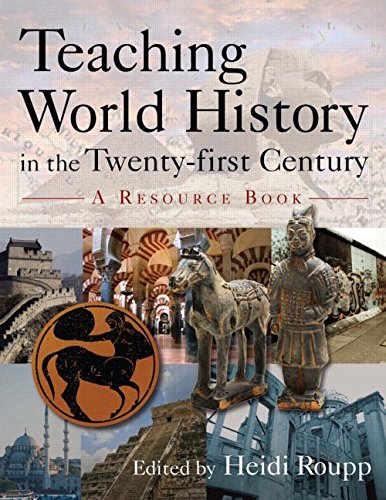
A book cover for Teaching World History in the Twenty-first Century: A Resource Book (Sources and Studies in World History); Heidi Roupp; History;